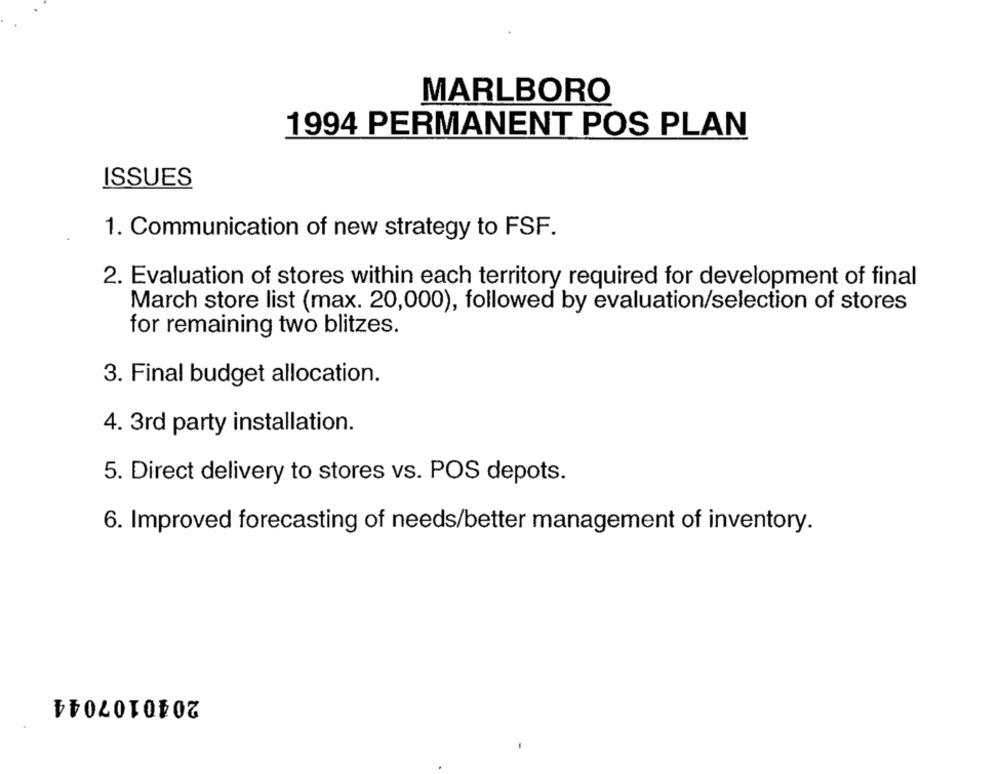
MARLBORO
1994 PERMANENT POS PLAN
ISSUES
1. Communication of new strategy to FSF.
2. Evaluation of stores within each territory required for development of final
March store list (max. 20,000), followed by evaluation/selection of stores
for remaining two blitzes.
3. Final budget allocation.
4. 3rd party installation.
5. Direct delivery to stores vs. POS depots.
6. Improved forecasting of needs/better management of inventory.
2040107044